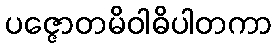
ပဇ္ဇောတမိဝါဓိပါတကာ